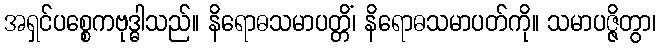
အရှင်ပစ္စေကဗုဒ္ဓါသည်။ နိရောဓသမာပတ္တိံ၊ နိရောဓသမာပတ်ကို။ သမာပဇ္ဇိတွာ၊